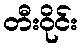
တီးဝိုင်း